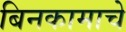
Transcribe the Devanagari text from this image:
बिनकामाचे